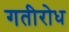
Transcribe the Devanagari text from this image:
गतीरोध